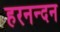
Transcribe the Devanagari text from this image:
हरनन्दन